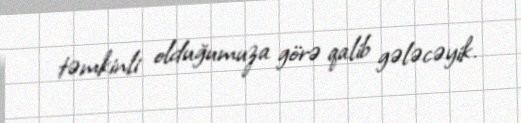
təmkinli olduğumuza görə qalib gələcəyik.